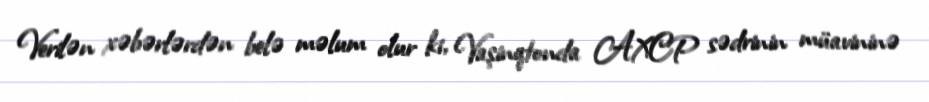
Verilən xəbərlərdən belə məlum olur ki, Vaşinqtonda AXCP sədrinin müavininə